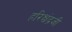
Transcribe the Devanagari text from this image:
हरिश्चंद्गजी